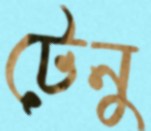
টেনু